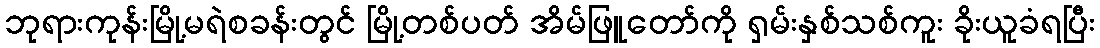
ဘုရားကုန်းမြို့မရဲစခန်းတွင် မြို့တစ်ပတ် အိမ်ဖြူတော်ကို ရှမ်းနှစ်သစ်ကူး ခိုးယူခံရပြီး